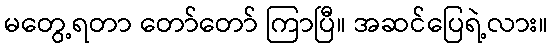
မတွေ့ရတာ တော်တော် ကြာပြီ။ အဆင်ပြေရဲ့လား။